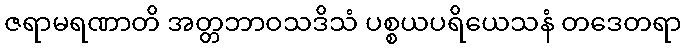
ဇရာမရဏာတိ အတ္တဘာဝသဒိသံ ပစ္စယပရိယေသနံ တဒေတရာ